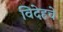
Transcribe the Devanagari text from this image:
विदेहचे